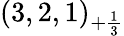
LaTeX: (3,2,1)_{+{\frac{1}{3}}}